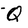
Character: Q